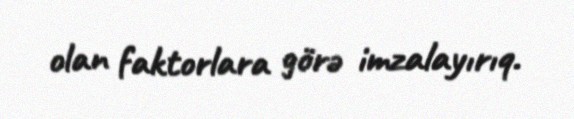
olan faktorlara görə imzalayırıq.